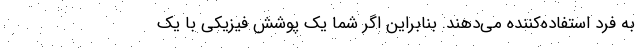
به فرد استفاده‌کننده می‌دهند. بنابراین اگر شما یک پوشش فیزیکی با یک